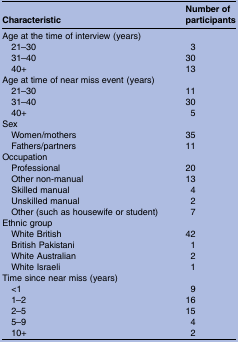
| Characteristic | Number of participants |
 | --- | --- |
 | <COLSPAN=2> Age at the time of interview (years) |
 | 21–30 | 3 |
 | 31–40 | 30 |
 | 40+ | 13 |
 | <COLSPAN=2> Age at time of near miss event (years) |
 | 21–30 | 11 |
 | 31–40 | 30 |
 | 40+ | 5 |
 | <COLSPAN=2> Sex |
 | Women/mothers | 35 |
 | Fathers/partners | 11 |
 | <COLSPAN=2> Occupation |
 | Professional | 20 |
 | Other non-manual | 13 |
 | Skilled manual | 4 |
 | Unskilled manual | 2 |
 | Other (such as housewife or student) | 7 |
 | <COLSPAN=2> Ethnic group |
 | White British | 42 |
 | British Pakistani | 1 |
 | White Australian | 2 |
 | White Israeli | 1 |
 | <COLSPAN=2> Time since near miss (years) |
 | <1 | 9 |
 | 1–2 | 16 |
 | 2–5 | 15 |
 | 5–9 | 4 |
 | 10+ | 2 |